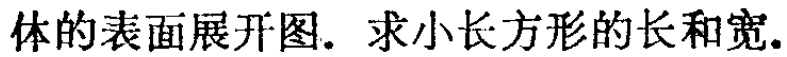
体的表面展开图. 求小长方形的长和宽.